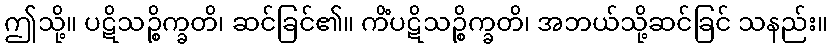
ဤသို့။ ပဋိသဉ္စိက္ခတိ၊ ဆင်ခြင်၏။ ကိံပဋိသဉ္စိက္ခတိ၊ အဘယ်သို့ဆင်ခြင် သနည်း။